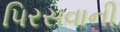
પિરસવાની